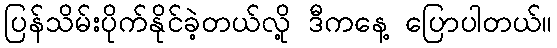
ပြန်သိမ်းပိုက်နိုင်ခဲ့တယ်လို့ ဒီကနေ့ ပြောပါတယ်။